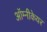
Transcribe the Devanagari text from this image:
ऑम्नीकेयर